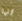
أنها